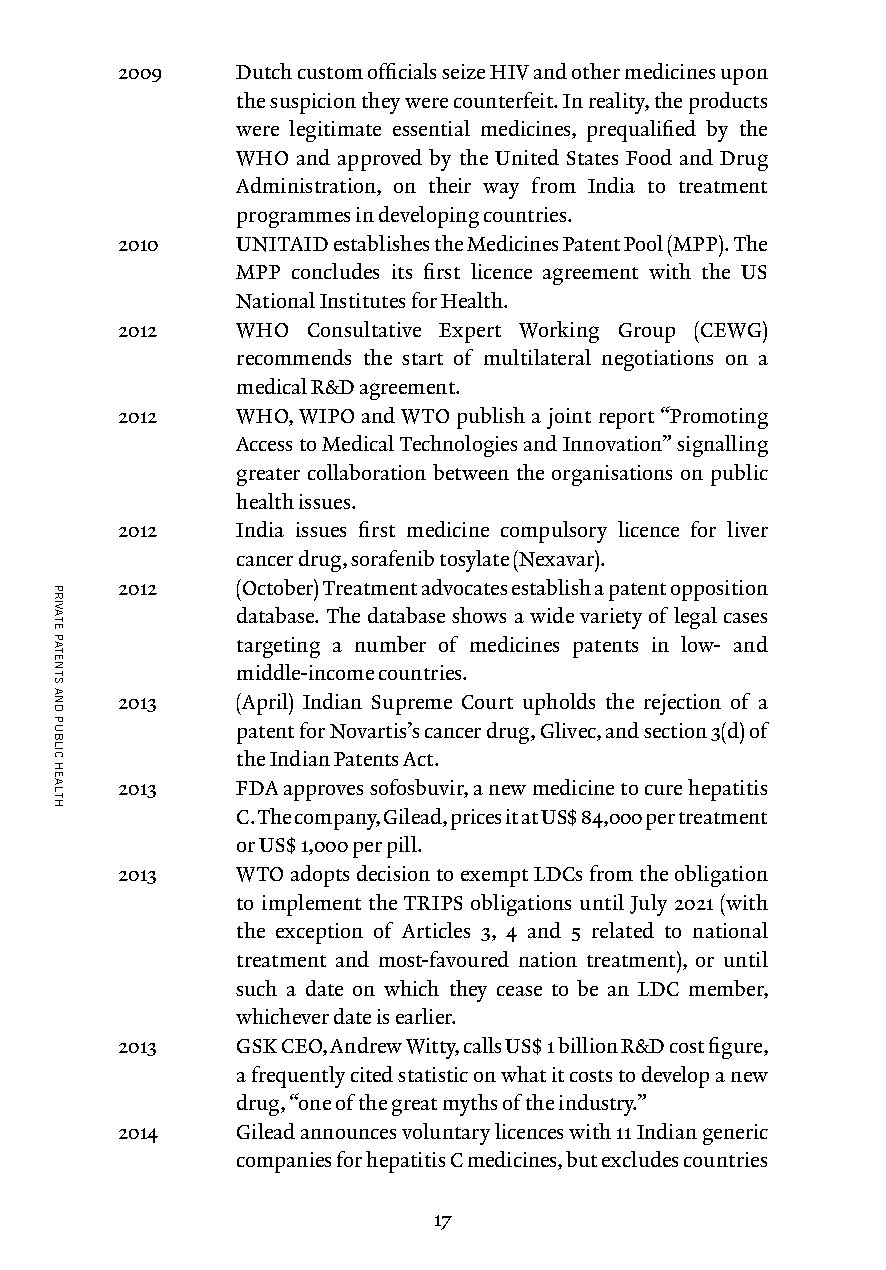
2009    Dutch custom officials seize HIV and other medicines upon
 the suspicion they were counterfeit. In reality, the products
 were legitimate essential medicines, prequalified by the
 WHO and approved by the United States Food and Drug
 Administration, on their way from India to treatment
 programmes in developing countries.
 2010    UNITAID establishes the Medicines Patent Pool (MPP). The
 MPP concludes its first licence agreement with the US
 National Institutes for Health.
 2012    WHO Consultative Expert Working Group (CEWG)
 recommends the start of multilateral negotiations on a
 medical R&D agreement.
 2012    WHO, WIPO and WTO publish a joint report “Promoting
 Access to Medical Technologies and Innovation” signalling
 greater collaboration between the organisations on public
 health issues.
 2012    India issues first medicine compulsory licence for liver
 cancer drug, sorafenib tosylate (Nexavar).
 2012    (October) Treatment advocates establish a patent opposition
 database. The database shows a wide variety of legal cases
 targeting a number of medicines patents in low- and
 middle-income countries.
 2013    (April) Indian Supreme Court upholds the rejection of a
 patent for Novartis’s cancer drug, Glivec, and section 3(d) of
 the Indian Patents Act.
 2013    FDA approves sofosbuvir, a new medicine to cure hepatitis
 C. The company, Gilead, prices it at US$ 84,000 per treatment
 or US$ 1,000 per pill.
 2013    WTO adopts decision to exempt LDCs from the obligation
 to implement the TRIPS obligations until July 2021 (with
 the exception of Articles 3, 4 and 5 related to national
 treatment and most-favoured nation treatment), or until
 such a date on which they cease to be an LDC member,
 whichever date is earlier.
 2013    GSK CEO, Andrew Witty, calls US$ 1 billion R&D cost figure,
 a frequently cited statistic on what it costs to develop a new
 drug, “one of the great myths of the industry.”
 2014    Gilead announces voluntary licences with 11 Indian generic
 companies for hepatitis C medicines, but excludes countries
 17
 PRIVATE
 PATENTS
 AND
 PUBLIC
 HEALTH